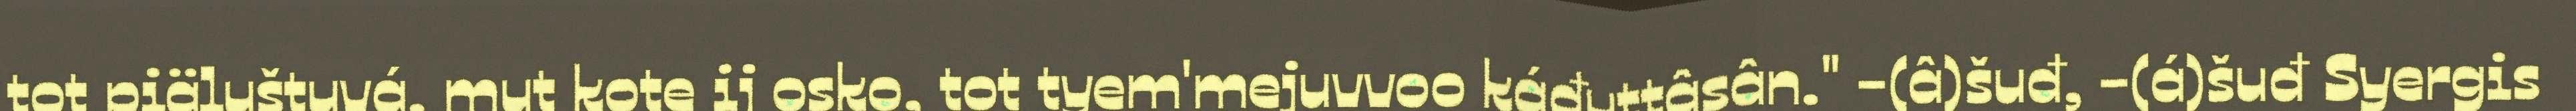
tot piäluštuvá, mut kote ij osko, tot tyem'mejuvvoo káđuttâsân." -(â)šuđ, -(á)šuđ Syergis